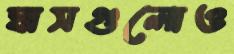
ঘাসগুলোও